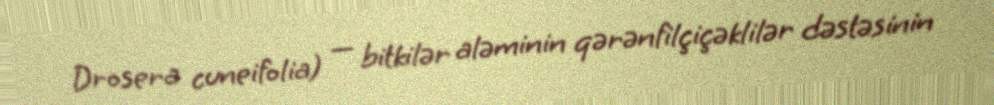
Drosera cuneifolia) — bitkilər aləminin qərənfilçiçəklilər dəstəsinin